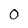
Character: O